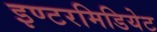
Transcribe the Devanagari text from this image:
इण्टरमिडियेट